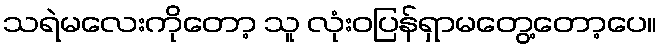
သရဲမလေးကိုတော့ သူ လုံးဝပြန်ရှာမတွေ့တော့ပေ။